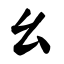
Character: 幺